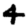
Digit: 4